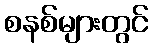
စနစ်များတွင်